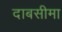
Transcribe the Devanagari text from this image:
दाबसीमा